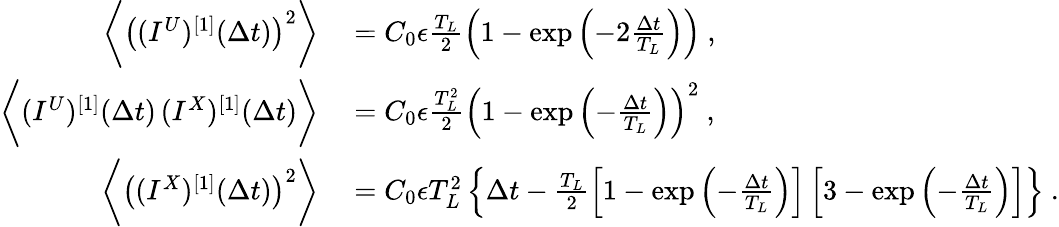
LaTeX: \begin{array}{rl}{\bigg\langle\left((I^{U})^{[1]}(\Delta t)\right)^{2}\bigg\rangle}&{{}=C_{0}\epsilon\frac{T_{L}}{2}\left(1-\exp\left(-2\frac{\Delta t}{T_{L}}\right)\right)~,}\\ {\bigg\langle(I^{U})^{[1]}(\Delta t)\, (I^{X})^{[1]}(\Delta t)\bigg\rangle}&{{}=C_{0}\epsilon\frac{T_{L}^{2}}{2}\left(1-\exp\left(-\frac{\Delta t}{T_{L}}\right)\right)^{2}~,}\\ {\bigg\langle\left((I^{X})^{[1]}(\Delta t)\right)^{2}\bigg\rangle}&{{}=C_{0}\epsilon T_{L}^{2}\left\{ \Delta t-\frac{T_{L}}{2}\left[1-\exp\left(-\frac{\Delta t}{T_{L}}\right)\right]\left[3-\exp\left(-\frac{\Delta t}{T_{L}}\right)\right]\right\} ~.}\end{array}